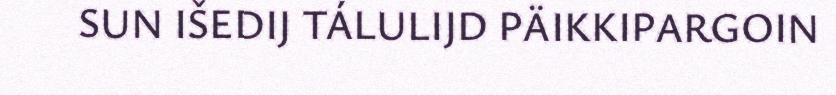
SUN IŠEDIJ TÁLULIJD PÄIKKIPARGOIN